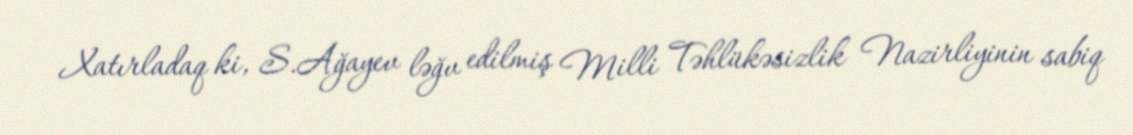
Xatırladaq ki, S.Ağayev ləğv edilmiş Milli Təhlükəsizlik Nazirliyinin sabiq